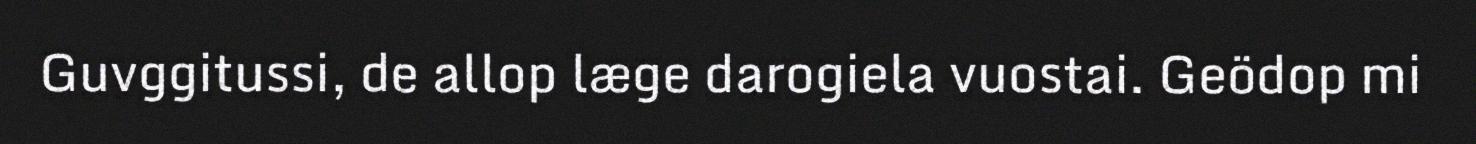
Guvggitussi, de allop læge darogiela vuostai. Geödop mi